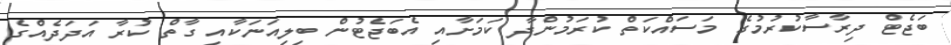
ބަޖެޓް ދިރާސާކުރުމުގެ މަސައްކަތް ކުރަމުންދާ ކަމަށާއި އެބަޖެޓުން ބިލިއަނަކާއި ގާތް ކުރާ އަދަދެއްގެ